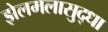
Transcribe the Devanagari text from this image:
झेलमलासुद्धा